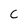
Character: C